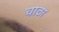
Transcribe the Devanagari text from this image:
चाठा